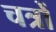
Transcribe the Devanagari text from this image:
चत्रों